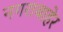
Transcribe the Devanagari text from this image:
नगराबाहेर